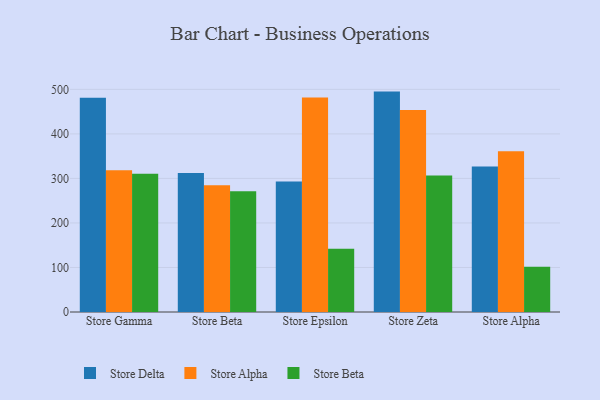
{"axis": {"x": "Store", "y": "Page Views"}, "legend": ["Store Alpha", "Store Beta", "Store Delta"], "data": [{"x": "Store Gamma", "y": 481.3, "type": "Store Delta"}, {"x": "Store Gamma", "y": 318.6, "type": "Store Alpha"}, {"x": "Store Gamma", "y": 310.3, "type": "Store Beta"}, {"x": "Store Beta", "y": 312.0, "type": "Store Delta"}, {"x": "Store Beta", "y": 284.5, "type": "Store Alpha"}, {"x": "Store Beta", "y": 271.4, "type": "Store Beta"}, {"x": "Store Epsilon", "y": 293.1, "type": "Store Delta"}, {"x": "Store Epsilon", "y": 482.0, "type": "Store Alpha"}, {"x": "Store Epsilon", "y": 142.0, "type": "Store Beta"}, {"x": "Store Zeta", "y": 495.0, "type": "Store Delta"}, {"x": "Store Zeta", "y": 453.4, "type": "Store Alpha"}, {"x": "Store Zeta", "y": 306.8, "type": "Store Beta"}, {"x": "Store Alpha", "y": 326.8, "type": "Store Delta"}, {"x": "Store Alpha", "y": 361.0, "type": "Store Alpha"}, {"x": "Store Alpha", "y": 101.5, "type": "Store Beta"}]}